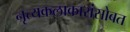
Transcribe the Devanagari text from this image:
नृत्यकलाकारांसोबत